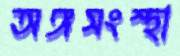
অঙ্গসংস্থা